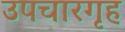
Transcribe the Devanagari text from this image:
उपचारगृह